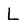
Character: L